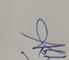
Signature authenticity: genuine